Assam Mental Hospital (Tezpur, India) - 1933-1948
Year: 1933
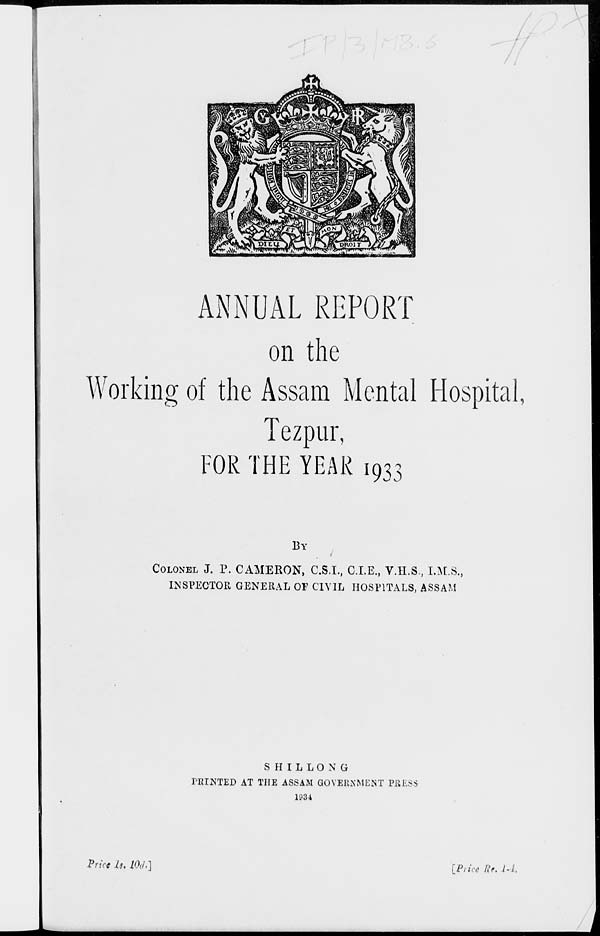
ANNUAL REPORT
on the
Working of the Assam Mental Hospital,
Tezpur,
FOR THE YEAR 1933
BY
COLONEL J. P. CAMERON, C.S.I., C.I.E., V.H.S., I.M.S.,
INSPECTOR GENERAL OF CIVIL HOSPITALS, ASSAM
SHILLONG
PRINTED AT THE ASSAM GOVERNMENT PRESS
1934
Price U. 10ih]
[Price Re. /-/,